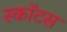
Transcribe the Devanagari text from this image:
स्काॅटस